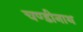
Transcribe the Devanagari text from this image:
चण्‍डीनाथ